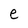
Character: e